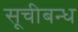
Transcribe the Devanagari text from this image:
सूचीबन्ध